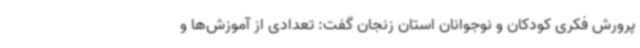
پرورش فکری کودکان و نوجوانان استان زنجان گفت: تعدادی از آموزش‌ها و